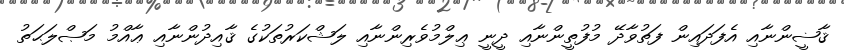
ޤާޟީންނާއި އެފަދައިން ފަތުވާދޭ މުފުތީންނާއި ދީނީ ޢިލްމުވެރިންނާއި ލަޝްކަރުތަކުގެ ޤާއިދުންނާއި ޢާއްމު މަޞްލަޙަތު